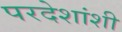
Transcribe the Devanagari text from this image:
परदेशांशी